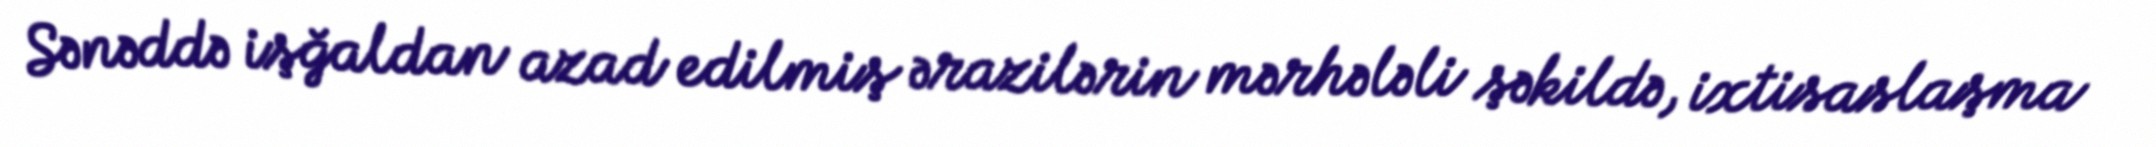
Sənəddə işğaldan azad edilmiş ərazilərin mərhələli şəkildə, ixtisaslaşma